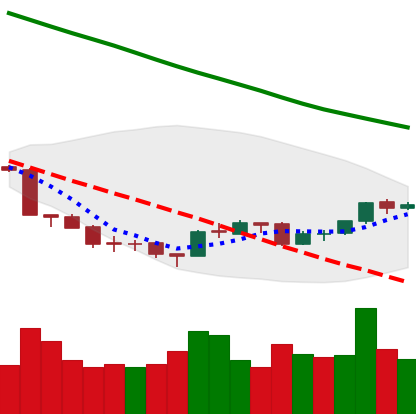
Ticker: ETH-USD
Chart end date: 2018-09-23
Forward return: -8.975%
Label: down_7plus